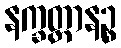
နက္ခတ္တာနဉ္စ